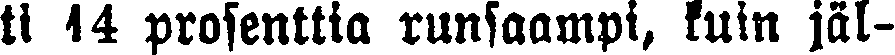
ti 14 prosenttia runsaampi, kuin jäl-